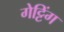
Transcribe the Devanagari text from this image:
गेट्टिंग